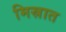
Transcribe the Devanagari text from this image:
मिस्रात